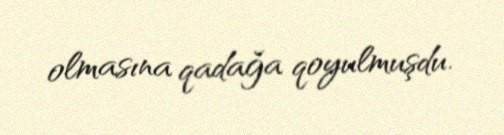
olmasına qadağa qoyulmuşdu.